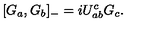
[ G _ { a } , G _ { b } ] _ { - } = i U _ { a b } ^ { c } G _ { c } .